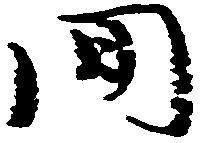
間